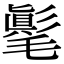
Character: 𣰘